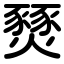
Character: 燹